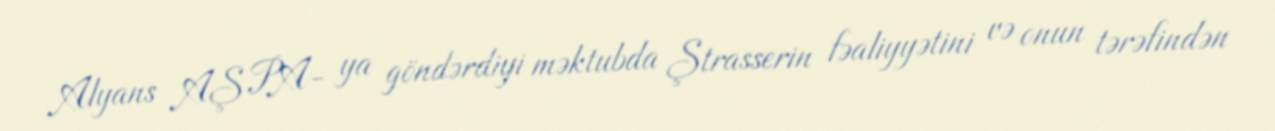
Alyans AŞ PA- ya göndərdiyi məktubda Ştrasserin fəaliyyətini və onun tərəfindən